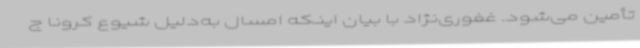
تأمین می‌شود. غفوری‌نژاد با بیان اینکه امسال به‌دلیل شیوع کرونا ج